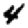
Digit: 4